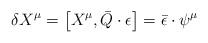
LaTeX: \begin{align*}\delta X^{\mu} = \left [ X^\mu , \bar{Q} \cdot \epsilon \right ]= \bar{\epsilon} \cdot \psi^{\mu}\end{align*}